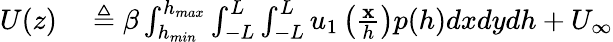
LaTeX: \begin{array}{rl}{U(z)}&{{}\triangleq\beta\int_{h_{min}}^{h_{max}}\int_{-L}^{L}\int_{-L}^{L}u_{1}\left(\frac{\mathbf{x}}{h}\right)p(h)dxdydh+U_{\infty}}\end{array}